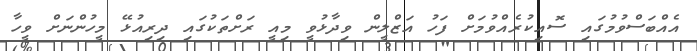
އެއްބަސްވުމުގައި ސޮއިކުރެއްވުމަށް ފަހު އަޒްލީން ވިދާޅުވީ މިއީ ރަށްތަކުގައި ދިރިއުޅޭ މީހުންނަށް ވީހާ